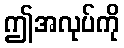
ဤအလုပ်ကို